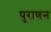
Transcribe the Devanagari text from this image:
पुराणन